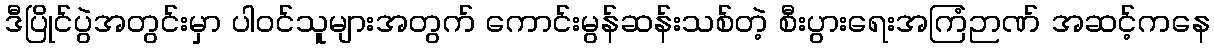
ဒီပြိုင်ပွဲအတွင်းမှာ ပါဝင်သူများအတွက် ကောင်းမွန်ဆန်းသစ်တဲ့ စီးပွားရေးအကြံဉာဏ် အဆင့်ကနေ